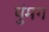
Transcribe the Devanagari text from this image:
पुंमग